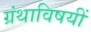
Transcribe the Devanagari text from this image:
ग्रंथाविषयीं